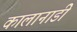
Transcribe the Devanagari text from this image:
कालानाडी